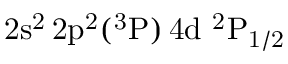
\mathrm { 2 s ^ { 2 } \, 2 p ^ { 2 } ( ^ { 3 } P ) \, 4 d ~ ^ { 2 } P _ { 1 / 2 } }